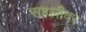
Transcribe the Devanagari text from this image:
सहलीवर